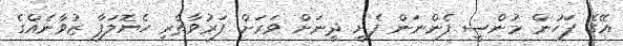
އޭގެ ފަހުން މުންސީ ފެންނަން ފެށީ ދީނަށް ވަރަށް ފަރުވާތެރި ހެޔޮލަފާ ޒުވާނެއްގެ